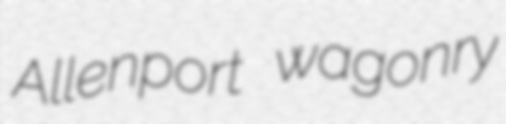
Allenport wagonry